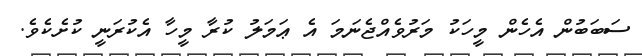
ސަބަބުން އެހެން މީހަކު މަރުވެއްޖެނަމަ އެ ޢަމަލު ކުރާ މީހާ އެކުރަނީ ކުށެކެވެ.